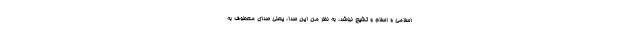
اسلامی و اسلام و تشیع نباشد، به نظر من این صدا، یعنی صدای معطوف به